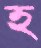
হ